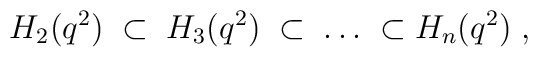
H_2(q^2) \; \subset \; H_3(q^2) \; \subset \;\ldots \; \subset H_n(q^2)\;,